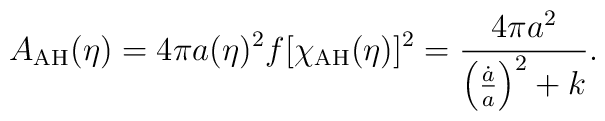
A_{\rm AH}(\eta) = 4 \pi a(\eta)^2 f[\chi_{\rm AH}(\eta)]^2 = {4\pi a^2\over \left({\dot a\over a}\right)^2+k}.